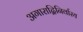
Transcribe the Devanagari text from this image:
अगाराद्विनिर्वास्य